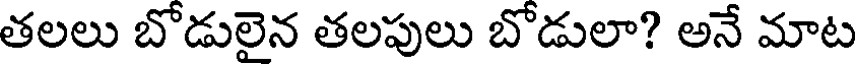
తలలు బోడులైన తలపులు బోడులా? అనే మాట